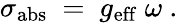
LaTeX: \sigma_{\mathrm{abs}}~=~g_{\mathrm{eff}}~\omega~.